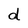
Character: d